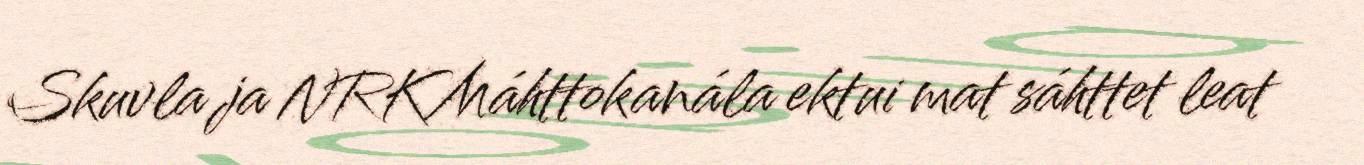
Skuvla ja NRK Máhttokanála ektui mat sáhttet leat